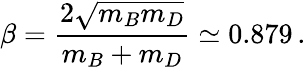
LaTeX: \beta={\frac{2\sqrt{m_{B}m_{D}}}{m_{B}+m_{D}}}\simeq 0.879\, .